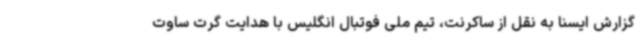
گزارش ایسنا به نقل از ساکرنت، تیم ملی فوتبال انگلیس با هدایت گرت ساوت